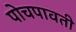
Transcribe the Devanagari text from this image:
पोचपावती